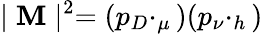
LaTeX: \mid{\cal\mathbf{M}}\mid^{2}=(p_{D}\cdotp_{\mu})(p_{\nu}\cdotp_{h})